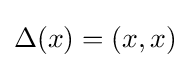
\Delta (x)=(x,x)